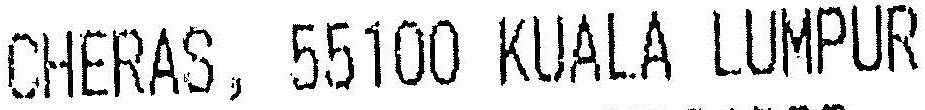
CHERAS, 55100 KUALA LUMPUR